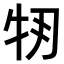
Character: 𤘞